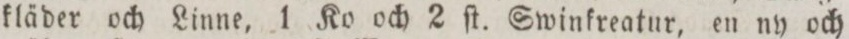
kläder och Linne, 1 Ko och 2 ſt. Swinkreatur, en ny och